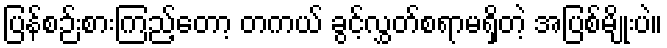
ပြန်စဉ်းစားကြည့်တော့ တကယ် ခွင့်လွှတ်စရာမရှိတဲ့ အပြစ်မျိုးပဲ။